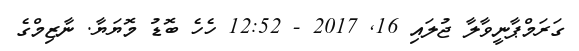
ގަރަމްޕާނީވާލާ ޖުލައި 16